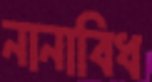
নানাবিধ